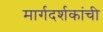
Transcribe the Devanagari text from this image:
मार्गदर्शकांची